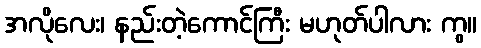
အလိုလေး၊ နည်းတဲ့ကောင်ကြီး မဟုတ်ပါလား ကွ။